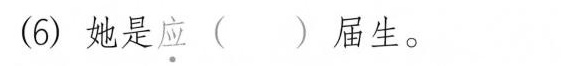
(6)她是应( )届生。